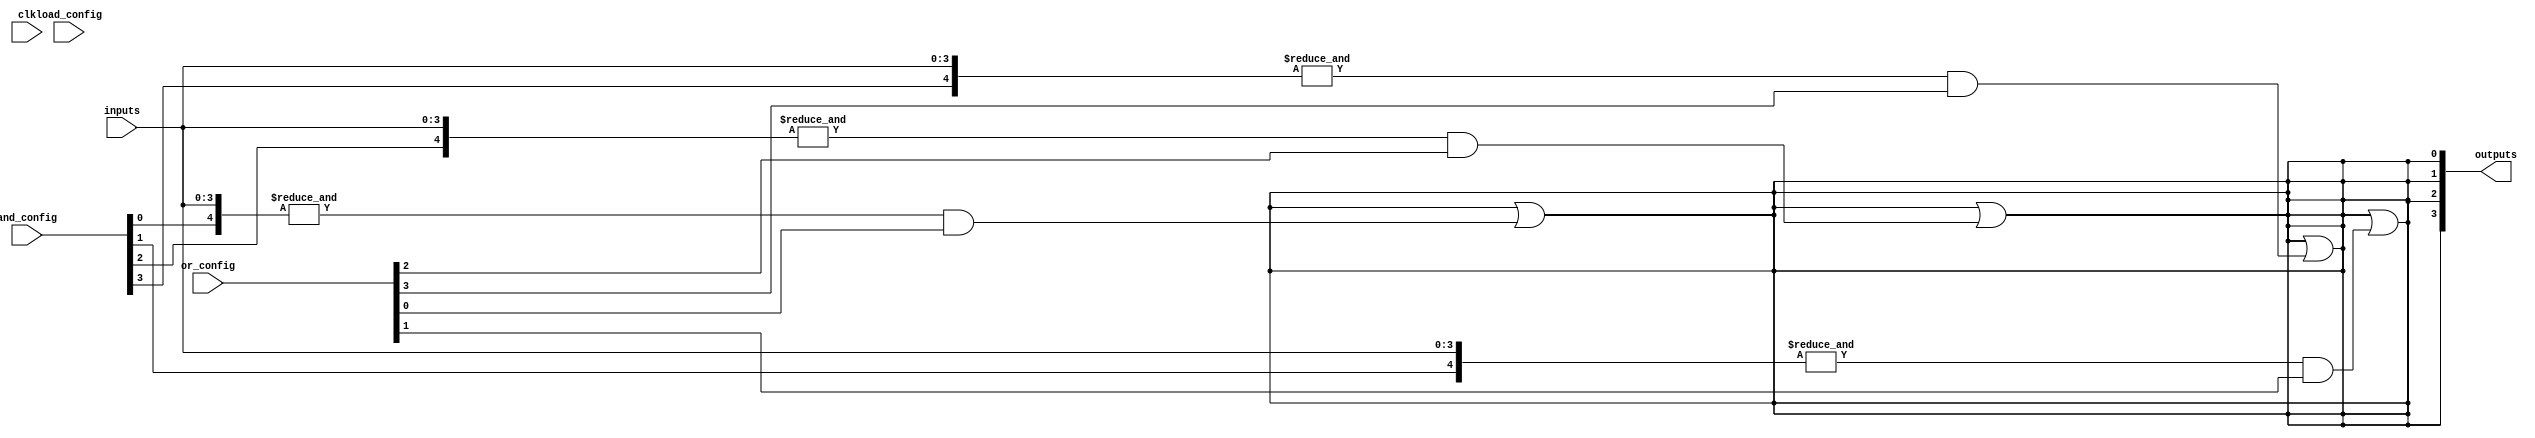
module SPAL #(
    parameter NUM_INPUTS = 4, // Number of inputs
    parameter NUM_AND_GATES = 4, // Number of AND gates
    parameter NUM_OR_GATES = 4 // Number of OR gates
)(
    input wire [NUM_INPUTS-1:0] inputs, // Input signals
    input wire [NUM_AND_GATES-1:0] and_config, // Configuration for AND gates
    input wire [NUM_OR_GATES-1:0] or_config, // Configuration for OR gates
    input wire load_config, // Load configuration signal
    input wire clk, // Clock signal
    output wire [NUM_INPUTS-1:0] outputs // Output signals
);

    // Input Buffers
    wire [NUM_INPUTS-1:0] buffered_inputs;
    generate
        genvar i;
        for (i = 0; i < NUM_INPUTS; i = i + 1) begin : input_buffer
            assign buffered_inputs[i] = inputs[i]; // Simple buffer (can be inverted if needed)
        end
    endgenerate

    // AND Array
    wire [NUM_AND_GATES-1:0] and_outputs;
    generate
        for (i = 0; i < NUM_AND_GATES; i = i + 1) begin : and_array
            assign and_outputs[i] = &({buffered_inputs, and_config[i]}); // AND gate logic
        end
    endgenerate

    // OR Array
    wire output_signal;
    generate
        for (i = 0; i < NUM_OR_GATES; i = i + 1) begin : or_array
            assign output_signal = output_signal | (and_outputs[i] & or_config[i]); // OR gate logic
        end
    endgenerate

    // Output Buffers
    wire [NUM_INPUTS-1:0] buffered_outputs;
    generate
        for (i = 0; i < NUM_INPUTS; i = i + 1) begin : output_buffer
            assign buffered_outputs[i] = output_signal; // Simple buffer (can be inverted if needed)
        end
    endgenerate

    // Control Logic (Placeholder for configuration memory management)
    always @(posedge clk) begin
        if (load_config) begin
            // Load configuration into and_config and or_config based on external input
        end
    end

    // Final output assignment
    assign outputs = buffered_outputs;

endmodule